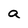
Character: a